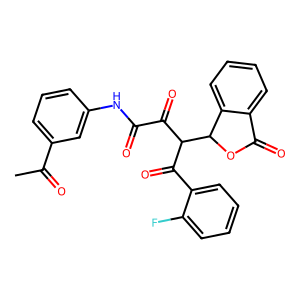
SMILES: CC(=O)c1cccc(NC(=O)C(=O)C(C(=O)c2ccccc2F)C2OC(=O)c3ccccc32)c1
Inhibits HIV replication: No